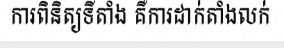
ការពិនិត្យទីតាំង គឺការដាក់តាំងលក់